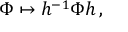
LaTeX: \Phi \mapsto h ^ { - 1 } \Phi h \, ,